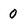
Character: 0